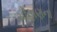
ચૌહાણના